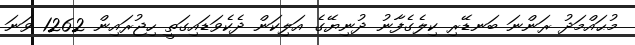
މުޙައްމަދު ރަންނަ ބަނޑޭރި ކިލެގެފާނު ދުނިޔޭގެ އަލިކަން ދެކެވަޑައިގަތީ ހިޖުރައިން 1262 ވަނަ